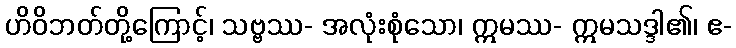
ဟိဝိဘတ်တို့ကြောင့်၊ သဗ္ဗဿ- အလုံးစုံသော၊ ဣမဿ- ဣမသဒ္ဒါ၏၊ ဧ-